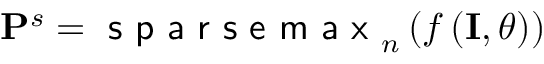
\mathbf { P } ^ { s } = \textsf { s p a r s e m a x } _ { n } \left( f \left( \mathbf { I } , \theta \right) \right)